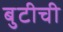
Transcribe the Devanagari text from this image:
बुटीची